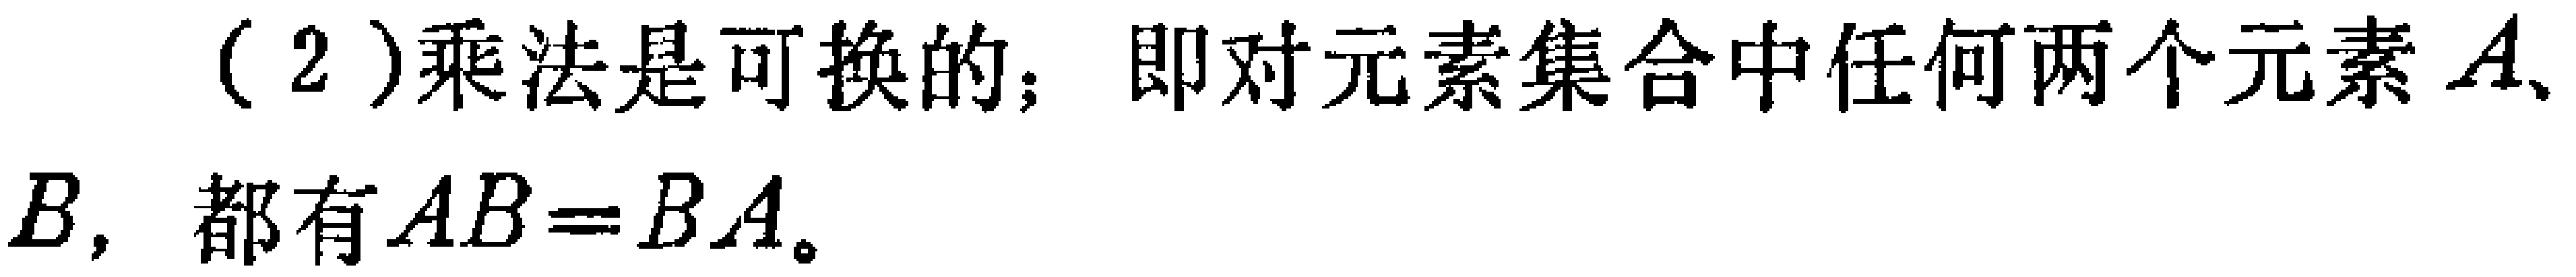
(2)乘法是可换的；即对元素集合中任何两个元素$A$、$B$，都有$AB = BA$。